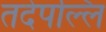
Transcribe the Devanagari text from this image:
तदेपल्लि